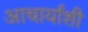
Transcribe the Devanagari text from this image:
आचार्यांशी